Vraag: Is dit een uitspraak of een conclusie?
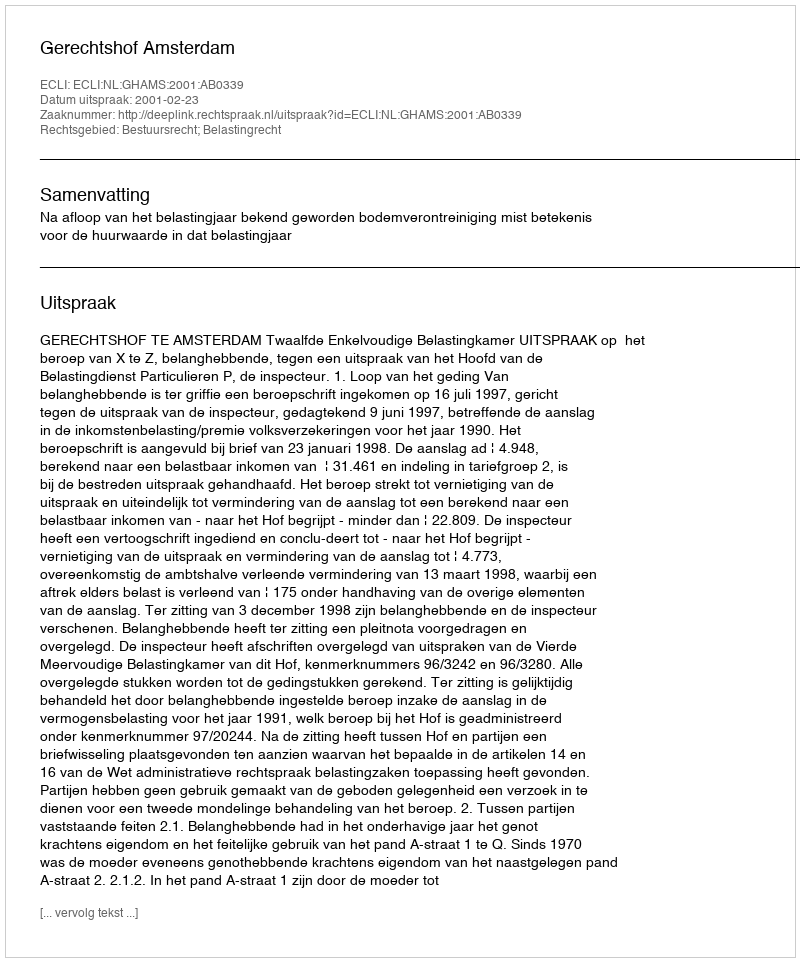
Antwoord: Uitspraak